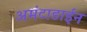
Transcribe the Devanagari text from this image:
अमंटाडाईन